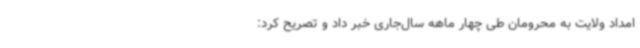
امداد ولایت به محرومان طی چهار ‌ماهه سال‌جاری خبر داد و تصریح کرد: